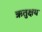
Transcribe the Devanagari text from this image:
ऋतुक्षय